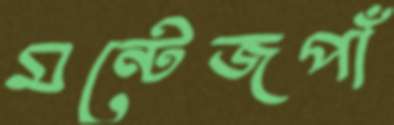
মন্টেজপাঁ